Document type: Grant of rights
Year: 1254
Scribe: Jaume de Port
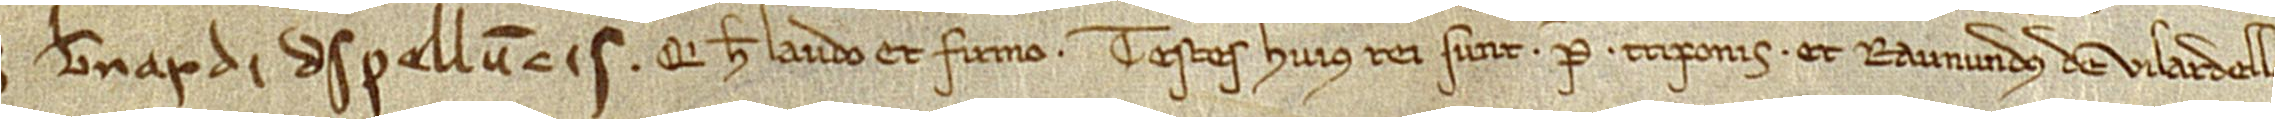
num Bernardi de Spelluncis, qui hec laudo et firmo. Testes huius rei sunt: P. Triponis et Raimundus de Vilardello.